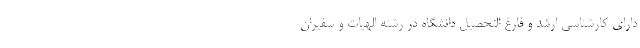
دارای کارشناسی ارشد و فارغ التحصیل دانشگاه در رشته الهیات و سفیران